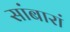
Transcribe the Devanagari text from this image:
सांबारां